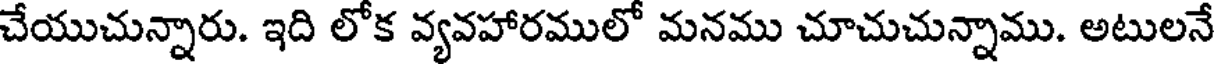
చేయుచున్నారు. ఇది లోక వ్యవహారములో మనము చూచుచున్నాము. అటులనే